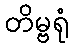
တိမ္ဗရုံ